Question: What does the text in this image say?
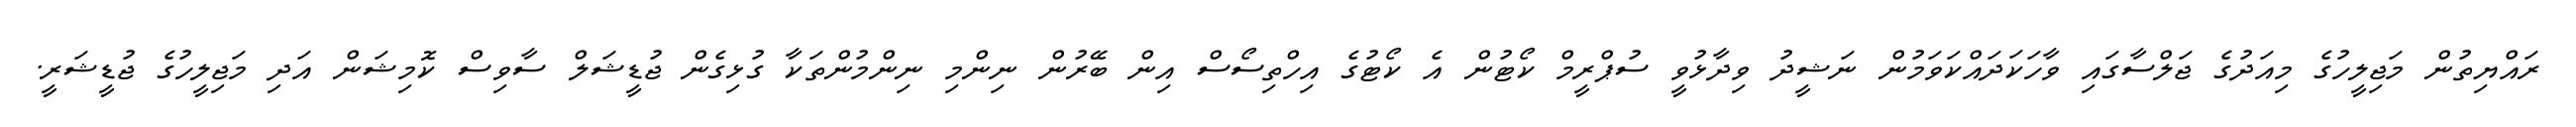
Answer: ރައްޔިތުން މަޖިލީހުގެ މިއަދުގެ ޖަލްސާގައި ވާހަކަދައްކަވަމުން ނަޝީދު ވިދާޅުވީ ސުޕްރީމް ކޯޓުން އެ ކޯޓުގެ އިހްތިސޯސް އިން ބޭރުން ނިންމި ނިންމުންތަކާ ގުޅިގެން ޖުޑީޝަލް ސާވިސް ކޮމިޝަން އަދި މަޖިލީހުގެ ޖުޑީޝަރީ.